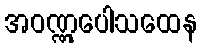
အဝဏ္ဏုပေါသထေန